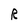
Character: R